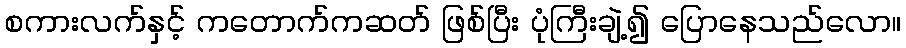
စကားလက်နှင့် ကတောက်ကဆတ် ဖြစ်ပြီး ပုံကြီးချဲ့၍ ပြောနေသည်လော။